[Report on the health of British troops in the Madras command]
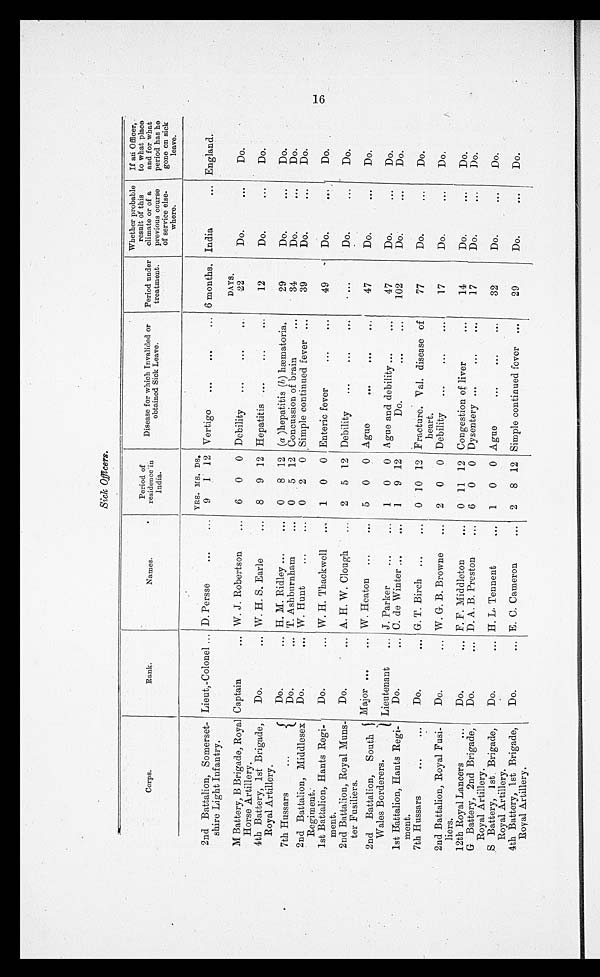
Sick Officers.
C o r p s .
Rank.
Names.
Period of
residence in
India.
Disease for which Invalided or
obtained Sick Leave.
Period under
treatment.
Whether probable
result of this
climate or of a
previous course
of service else-
where.
If an Officer,
to what place
and for what
period has he
gone on sick
leave.
2nd Battalion, Somerset-
shire Light Infantry.
Lieut,-Colonel
D. Persse
YRS. MS. DS.
9
1 12 Vertigo
6 months. India
England.
M Battery, B Brigade, Royal
Horse Artillery.
Captain
W. J. Robertson
6
0
0 Debility
DAYS.
22
Do.
Do.
4th Battery, 1st Brigade,
Royal Artillery.
Do.
W. H. S. Earle
8
9 12 Hepatitis
12
Do.
Do.
7th Hussars
Do.
H. M. Ridley
0
8 12 ( a )hepatitis (b) hæmatoria.
29
Do.
Do.
Do.
T. Ashburnham
0
5 12 Concussion of brain
34
Do.
Do.
2nd Battalion, Middlesex
Regiment.
Do.
W. Hunt
0
2
0 Simple continued fever
39
Do.
Do.
1st Battalion, Hants Regi-
ment.
Do.
W. H. Thackwell
1
0
0 Enteric fever
4 9
Do.
Do.
2nd Battalion, Royal Muns-
ter Fusiliers.
Do.
A. H. W. Clough
2
5 12 Debility
. . . Do.
Do.
2nd Battalion, South
Wales Borderers
Major
W. Heaton
5
0
0 Ague
47
Do.
Do.
Lieutenant
J. Parker
1
0
0 Ague and debility
47
Do.
Do.
1st Battalion, Hants Regi-
ment.
Do.
C. de Winter
1
9 12
Do.
102
Do.
Do.
7th Hussars
Do.
G. T. Birch
0 10 12 Fracture. Val. disease of
heart.
77
Do.
Do.
2nd Battalion, Royal Fusi-
liers.
Do.
W. G. B. Browne
2
0
0 Debility
17
Do.
Do.
12th Royal Lancers
Do.
F. F. Middleton
0 11 12 Congestion of liver
14
Do.
Do.
G Battery, 2nd Brigade,
Royal Artillery.
Do.
D. A. B. Preston
6
0
0 Dysentery
17
Do.
Do.
S Battery, 1st Brigade,
Royal Artillery.
Do.
H. L. Tennent
1
0
0 Ague
32
Do.
Do.
4th Battery, 1st Brigade,
Royal Artillery.
Do.
E. C. Cameron
2
8 12 Simple continued fever
29
Do.
Do.